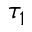
\tau _ { 1 }